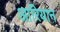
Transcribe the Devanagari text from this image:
आरियान